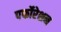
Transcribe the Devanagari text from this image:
पर्फोरेशन